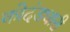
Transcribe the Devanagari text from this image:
कोदंडधारी